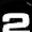
Digit: 2